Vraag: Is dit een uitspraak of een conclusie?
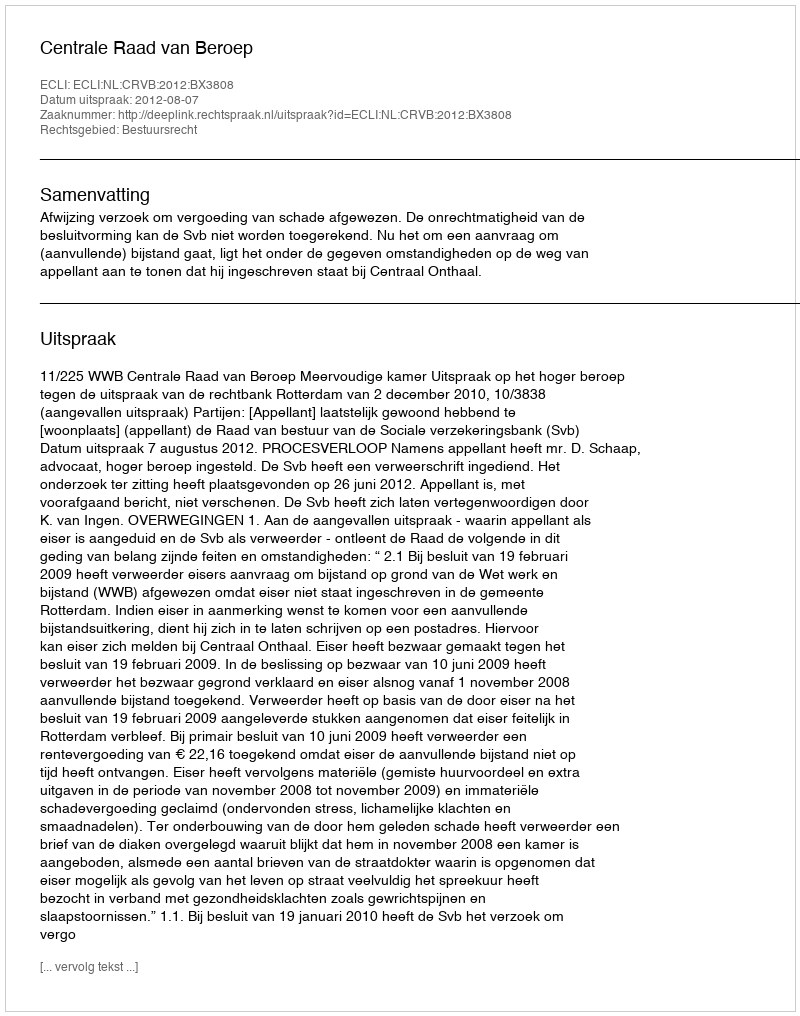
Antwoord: Uitspraak